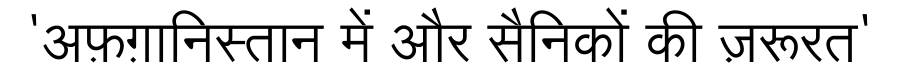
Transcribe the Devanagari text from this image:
'अफ़ग़ानिस्तान में और सैनिकों की ज़रूरत'